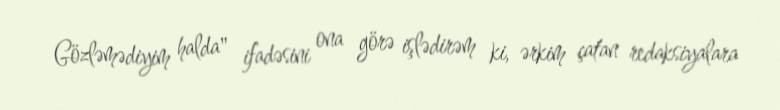
Gözləmədiyim halda" ifadəsini ona görə işlədirəm ki, ərkim çatan redaksiyalara